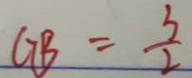
G B = \frac { 3 } { 2 }